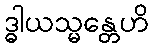
ဒ္ဓါယသ္မန္တေဟိ